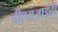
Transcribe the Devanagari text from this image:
बीएमआईटी